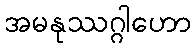
အမနုဿဂ္ဂါဟော